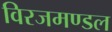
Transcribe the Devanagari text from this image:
विरजमण्डल